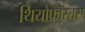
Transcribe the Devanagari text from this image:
थियोफ्रॉस्तस